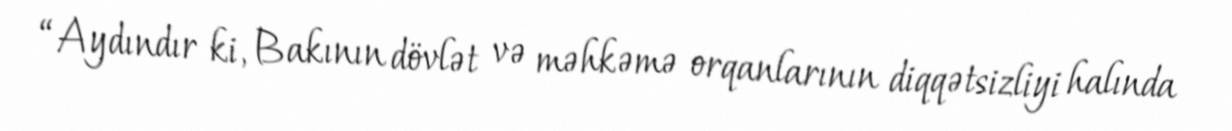
“Aydındır ki, Bakının dövlət və məhkəmə orqanlarının diqqətsizliyi halında